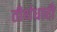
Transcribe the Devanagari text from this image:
तीर्थधारी